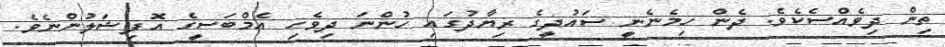
ތިން ދިވެއްސެކެވެ. ދެން ހިމެނެނީ ސައުދީގެ ރިޔާދުގައި ހުންނަ ދިވެހި އެމްބަސީގެ އޮފިޝަލުންނެވެ.